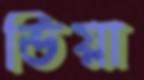
ভিয়া